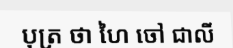
បុត្រ ថា ហៃ ចៅ ជាលី